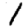
Digit: 1